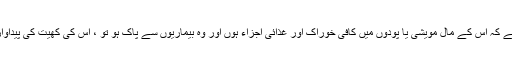
جب کوئی کسان اس بات کو یقینی بناتا ہے کہ اس کے مال مویشی یا پودوں میں کافی خوراک اور غذائی اجزاء ہوں اور وہ بیماریوں سے پاک ہو تو ، اس کی کھیت کی پیداوار اسے بینک کی طرف لے جاسکتی ہے۔